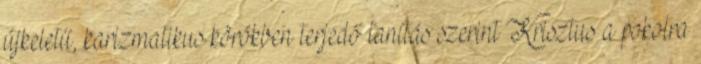
újkeletű, karizmatikus körökben terjedő tanítás szerint Krisztus a pokolra